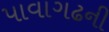
પાવાગઢની